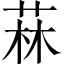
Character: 菻